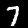
Label: 7